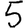
Digit: 5